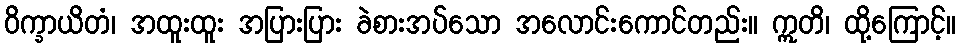
ဝိက္ခာယိတံ၊ အထူးထူး အပြားပြား ခဲစားအပ်သော အလောင်းကောင်တည်း။ ဣတိ၊ ထို့ကြောင့်။